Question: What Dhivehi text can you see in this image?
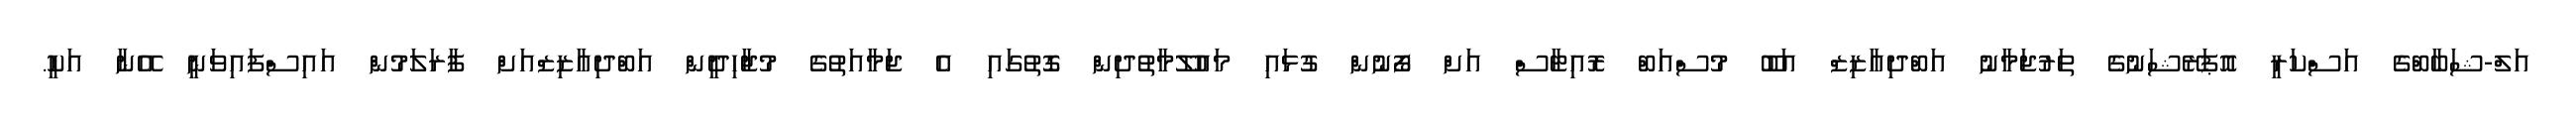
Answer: އަލް-ޝަބާބްގެ އަސްކަރީ އޮޕަރޭޝަނުގެ ތަރުޖަމާނު އަބްދިއާޒިޒް އަބޫ މުސްއަބް ރޮއިޓާސް އަށް ފޯނުން ގުޅައި މައުލޫމާތުދިން ގޮތުގައި އެ ޖަމާއަތުގެ މުޖާހިދީން އަބްދިއާޒިޒްއަށް ފާރަލަމުން އައިސްފައިވަނީ އޭނާ އަކީ.